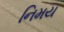
નિમય